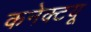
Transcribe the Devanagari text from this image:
कनेक्टयू